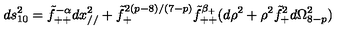
d s _ { 1 0 } ^ { 2 } = \tilde { f } _ { + + } ^ { - \alpha } d x _ { / / } ^ { 2 } + \tilde { f } _ { + } ^ { 2 ( p - 8 ) / ( 7 - p ) } \tilde { f } _ { + + } ^ { \beta _ { + } } ( d \rho ^ { 2 } + \rho ^ { 2 } \tilde { f } _ { + } ^ { 2 } d \Omega _ { 8 - p } ^ { 2 } )